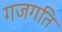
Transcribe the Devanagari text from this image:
गजगति